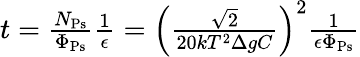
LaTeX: \begin{array}{r}{t=\frac{N_{\mathrm{Ps}}}{\Phi_{\mathrm{Ps}}}\frac{1}{\epsilon}=\left(\frac{\sqrt{2}}{20kT^{2}\Delta gC}\right)^{2}\frac{1}{\epsilon\Phi_{\mathrm{Ps}}}}\end{array}